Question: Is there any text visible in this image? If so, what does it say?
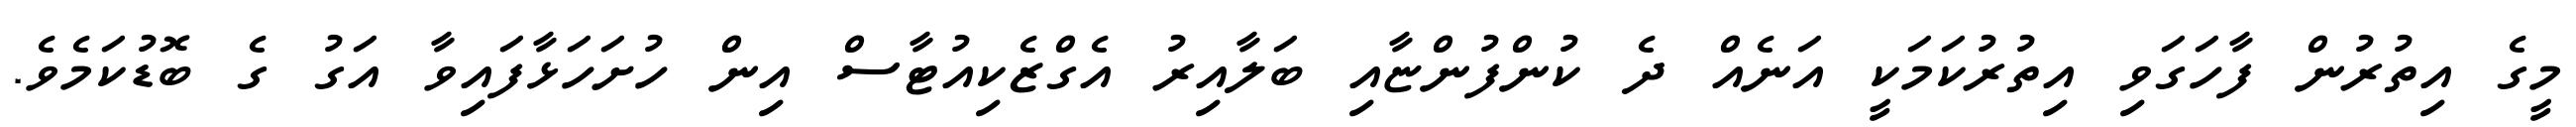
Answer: މީގެ އިތުރުން ފާހަގަވި އިތުރުކަމަކީ އަނެއް ދެ ކުންފުންޏާއި ބަލާއިރު އެގްޒެކިއުޓާސް އިން ހުށަހަޅާފައިވާ އަގު ގެ ބޮޑުކަމެވެ.